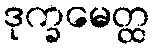
ဒုက္ခမေတ္ထ